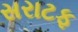
સરાટફ